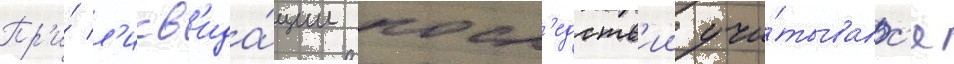
Пр'и́ л'икв'ида́ции посл'едств'ии учи́тывалс'я